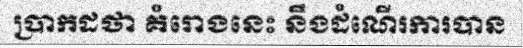
ប្រាកដថា គំរោងនេះ នឹងដំណើរការបាន